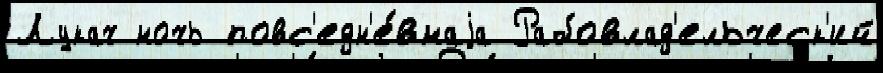
Лукач ночь повс'едн'е́внаjа Рабовлад'ельческ'ий